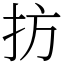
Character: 㧍